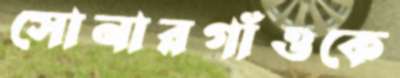
সোনারগাঁওকে